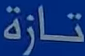
تازة